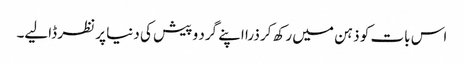
اس بات کو ذہن میں رکھ کر ذرا اپنے گرد و پیش کی دنیا پر نظر ڈالیے۔